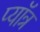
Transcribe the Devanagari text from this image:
प्यॉत्र